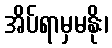
အိပ်ရာမှမနိုး၊